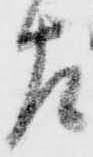
左